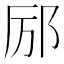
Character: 𫟫